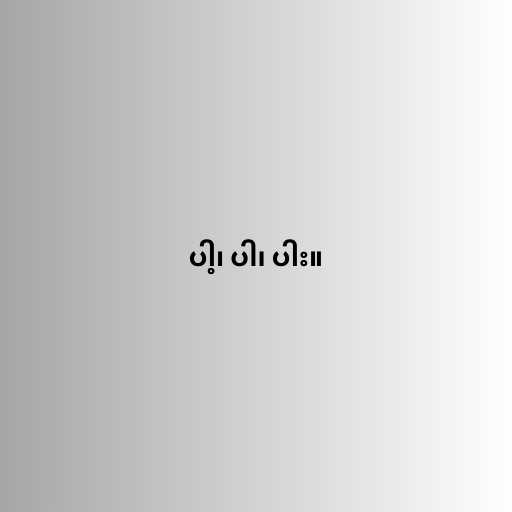
ပါ့၊ ပါ၊ ပါး။